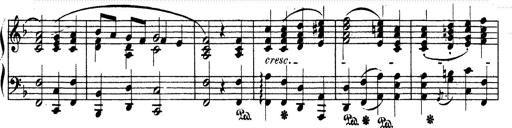
Title: Ave Maria d' Arcadelt
Composer: Franz Liszt